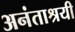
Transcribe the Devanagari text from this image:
अनंताश्रयी